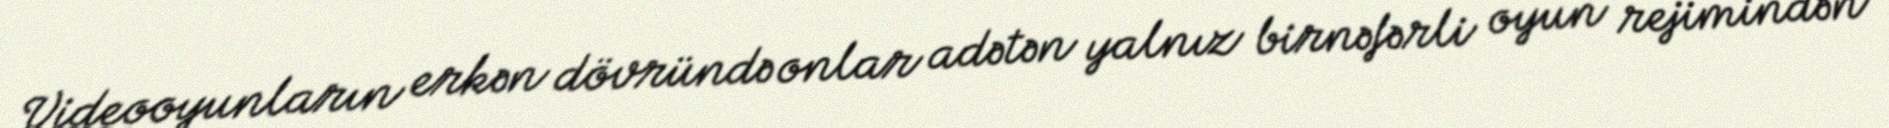
Videooyunların erkən dövründə onlar adətən yalnız birnəfərli oyun rejimindən